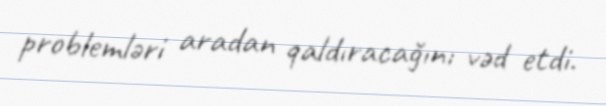
problemləri aradan qaldıracağını vəd etdi.